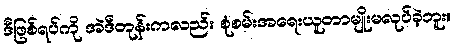
ဒီဖြစ်ရပ်ကို အဲဒီတုန်းကလည်း စုံစမ်းအရေးယူတာမျိုးမလုပ်ခဲ့ဘူး။